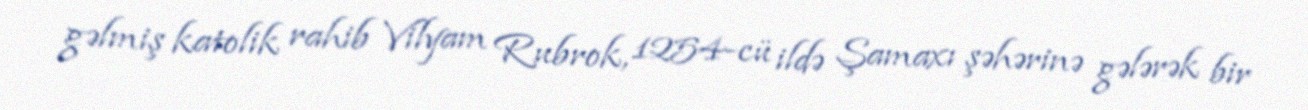
gəlmiş katolik rahib Vilyam Rubrok, 1254-cü ildə Şamaxı şəhərinə gələrək bir